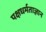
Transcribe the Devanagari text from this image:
पक्षधर्मताज्ञान